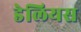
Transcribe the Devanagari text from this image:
डेलियस